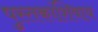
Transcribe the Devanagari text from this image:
पुस्तकांशिवाय